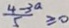
\frac { 4 - 3 a } { 5 } \geq 0